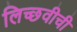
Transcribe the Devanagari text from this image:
लिच्छवीची